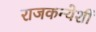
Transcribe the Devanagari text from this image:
राजकन्येशीं